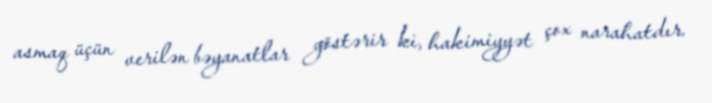
asmaq üçün verilən bəyanatlar göstərir ki, hakimiyyət çox narahatdır.